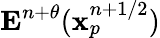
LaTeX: \mathbf{E}^{n+\theta}(\mathbf{x}_{p}^{n+1/2})